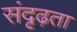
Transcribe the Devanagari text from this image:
संदृढ़ता